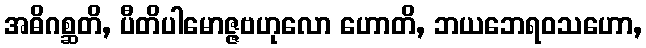
အဓိဂစ္ဆတိ, ပီတိပါမောဇ္ဇဗဟုလော ဟောတိ, ဘယဘေရဝသဟော,